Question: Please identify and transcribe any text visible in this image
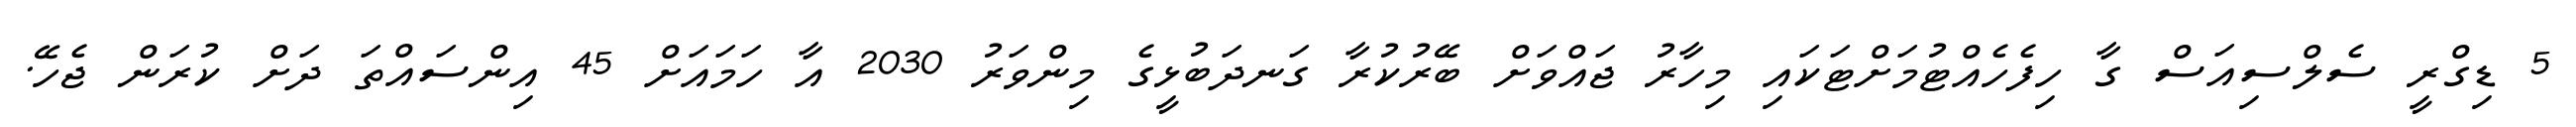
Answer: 5 ޑިގްރީ ސެލްސިއަސް ގާ ހިފެހެއްޓުމަށްޓަކައި މިހާރު ޖައްވަށް ބޭރުކުރާ ގަނދަބުޅީގެ މިންވަރު 2030 އާ ހަމައަށް 45 އިންސައްތަ ދަށް ކުރަން ޖެހޭ.